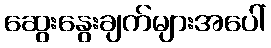
ဆွေးနွေးချက်များအပေါ်